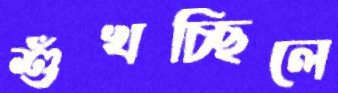
শুঁখচ্ছিলে